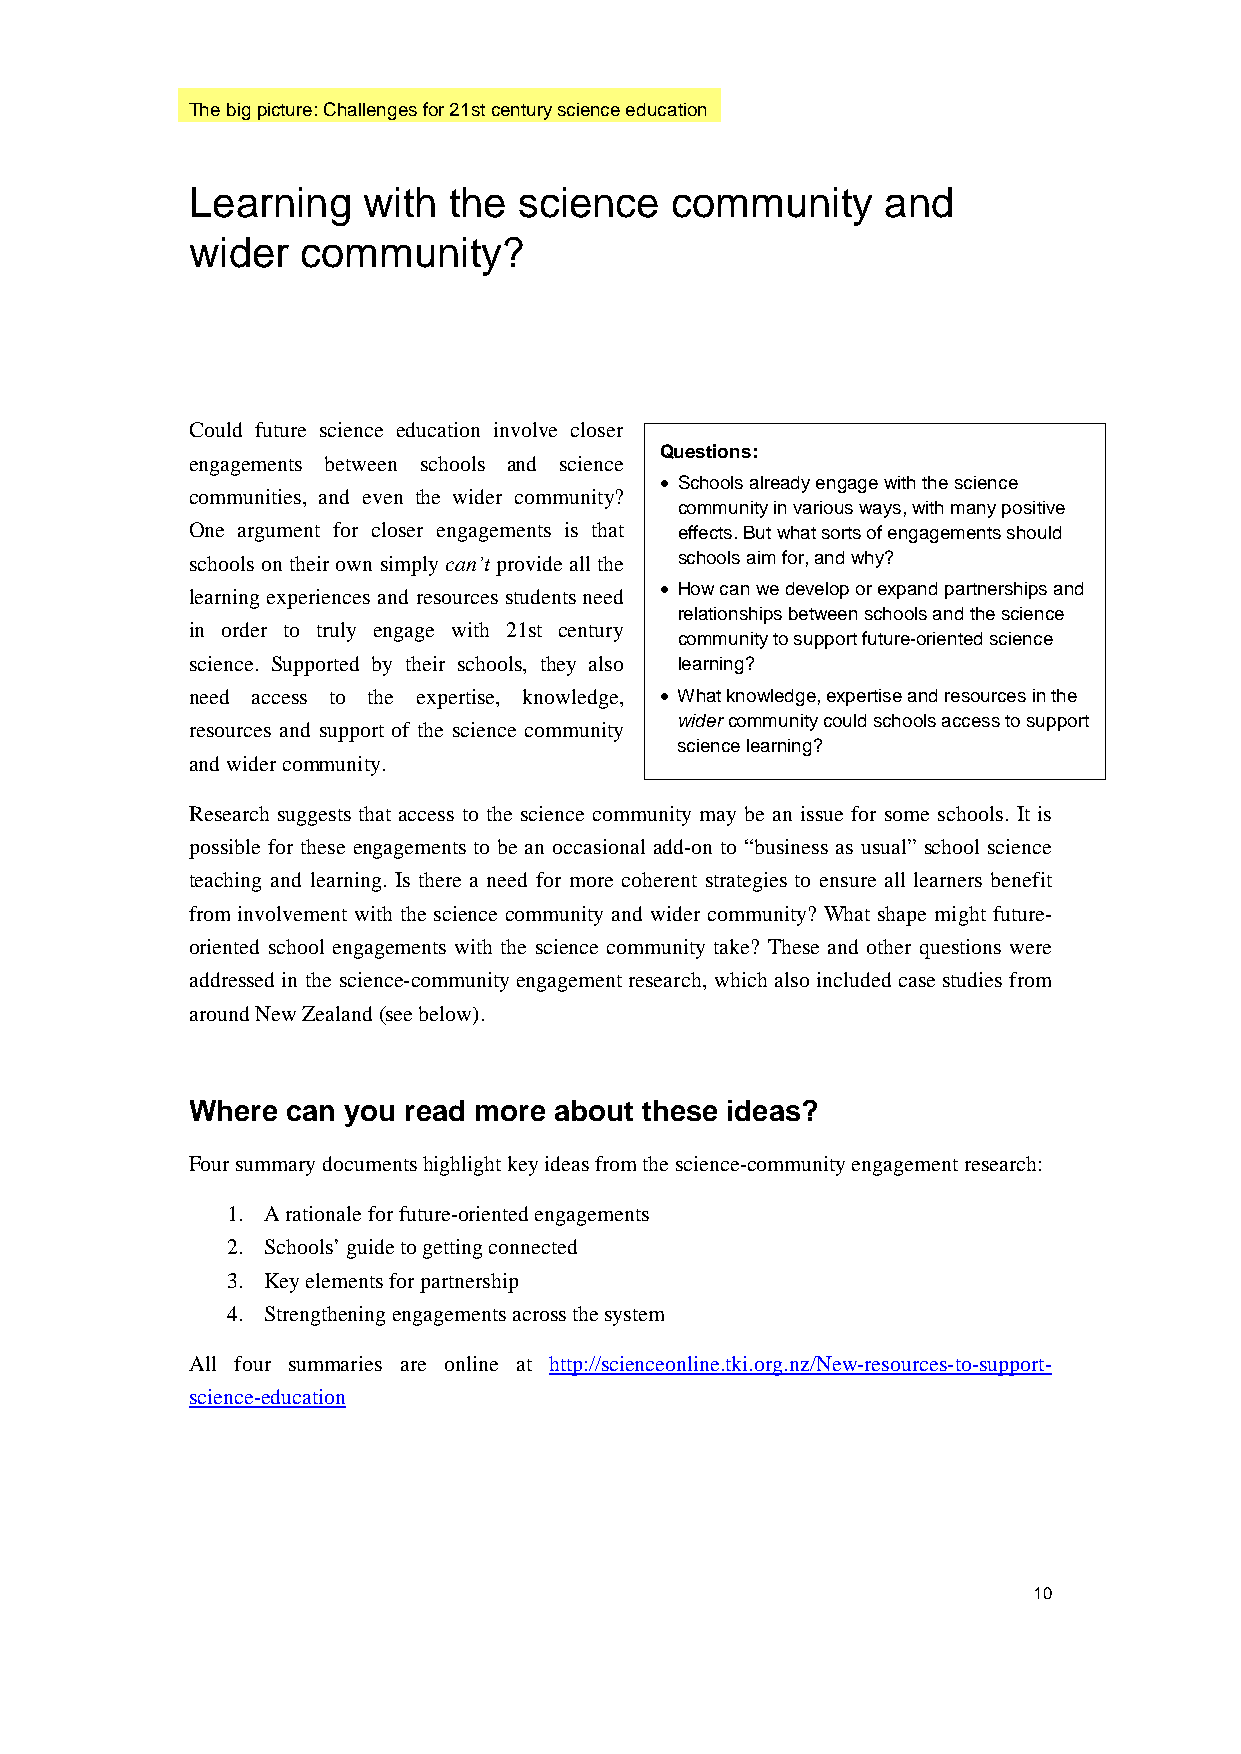
The big picture: Challenges for 21st century science education
 Learning   with  the science   community      and
 wider  community?
 Could future science education involve closer
 Questions:
 engagements between schools and science
 • Schools already engage with the science
 communities, and even the wider community?
 community in various ways, with many positive
 One argument for closer engagements is that effects. But what sorts of engagements should
 schools on their own simply can’t provide all the schools aim for, and why?
 learning experiences and resources students need • How can we develop or expand partnerships and
 relationships between schools and the science
 in order to truly engage with 21st century
 community to support future-oriented science
 science. Supported by their schools, they also learning?
 need access to the expertise, knowledge, • What knowledge, expertise and resources in the
 wider community could schools access to support
 resources and support of the science community
 science learning?
 and wider community.
 Research suggests that access to the science community may be an issue for some schools. It is
 possible for these engagements to be an occasional add-on to “business as usual” school science
 teaching and learning. Is there a need for more coherent strategies to ensure all learners benefit
 from involvement with the science community and wider community? What shape might future-
 oriented school engagements with the science community take? These and other questions were
 addressed in the science-community engagement research, which also included case studies from
 around New Zealand (see below).
 Where can you read more about these ideas?
 Four summary documents highlight key ideas from the science-community engagement research:
 1. A rationale for future-oriented engagements
 2. Schools’ guide to getting connected
 3. Key elements for partnership
 4. Strengthening engagements across the system
 All four summaries are online at http://scienceonline.tki.org.nz/New-resources-to-support-
 science-education
 10